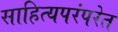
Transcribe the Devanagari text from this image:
साहित्यपरंपरेत